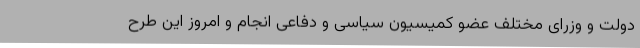
دولت و وزرای مختلف عضو کمیسیون سیاسی و دفاعی انجام و امروز این طرح